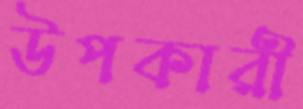
উপকারী